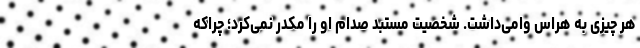
هر چیزی به هراس وامی‌داشت. شخصیت مستبد صدام او را مکدر نمی‌کرد؛ چراکه